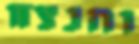
והנצח